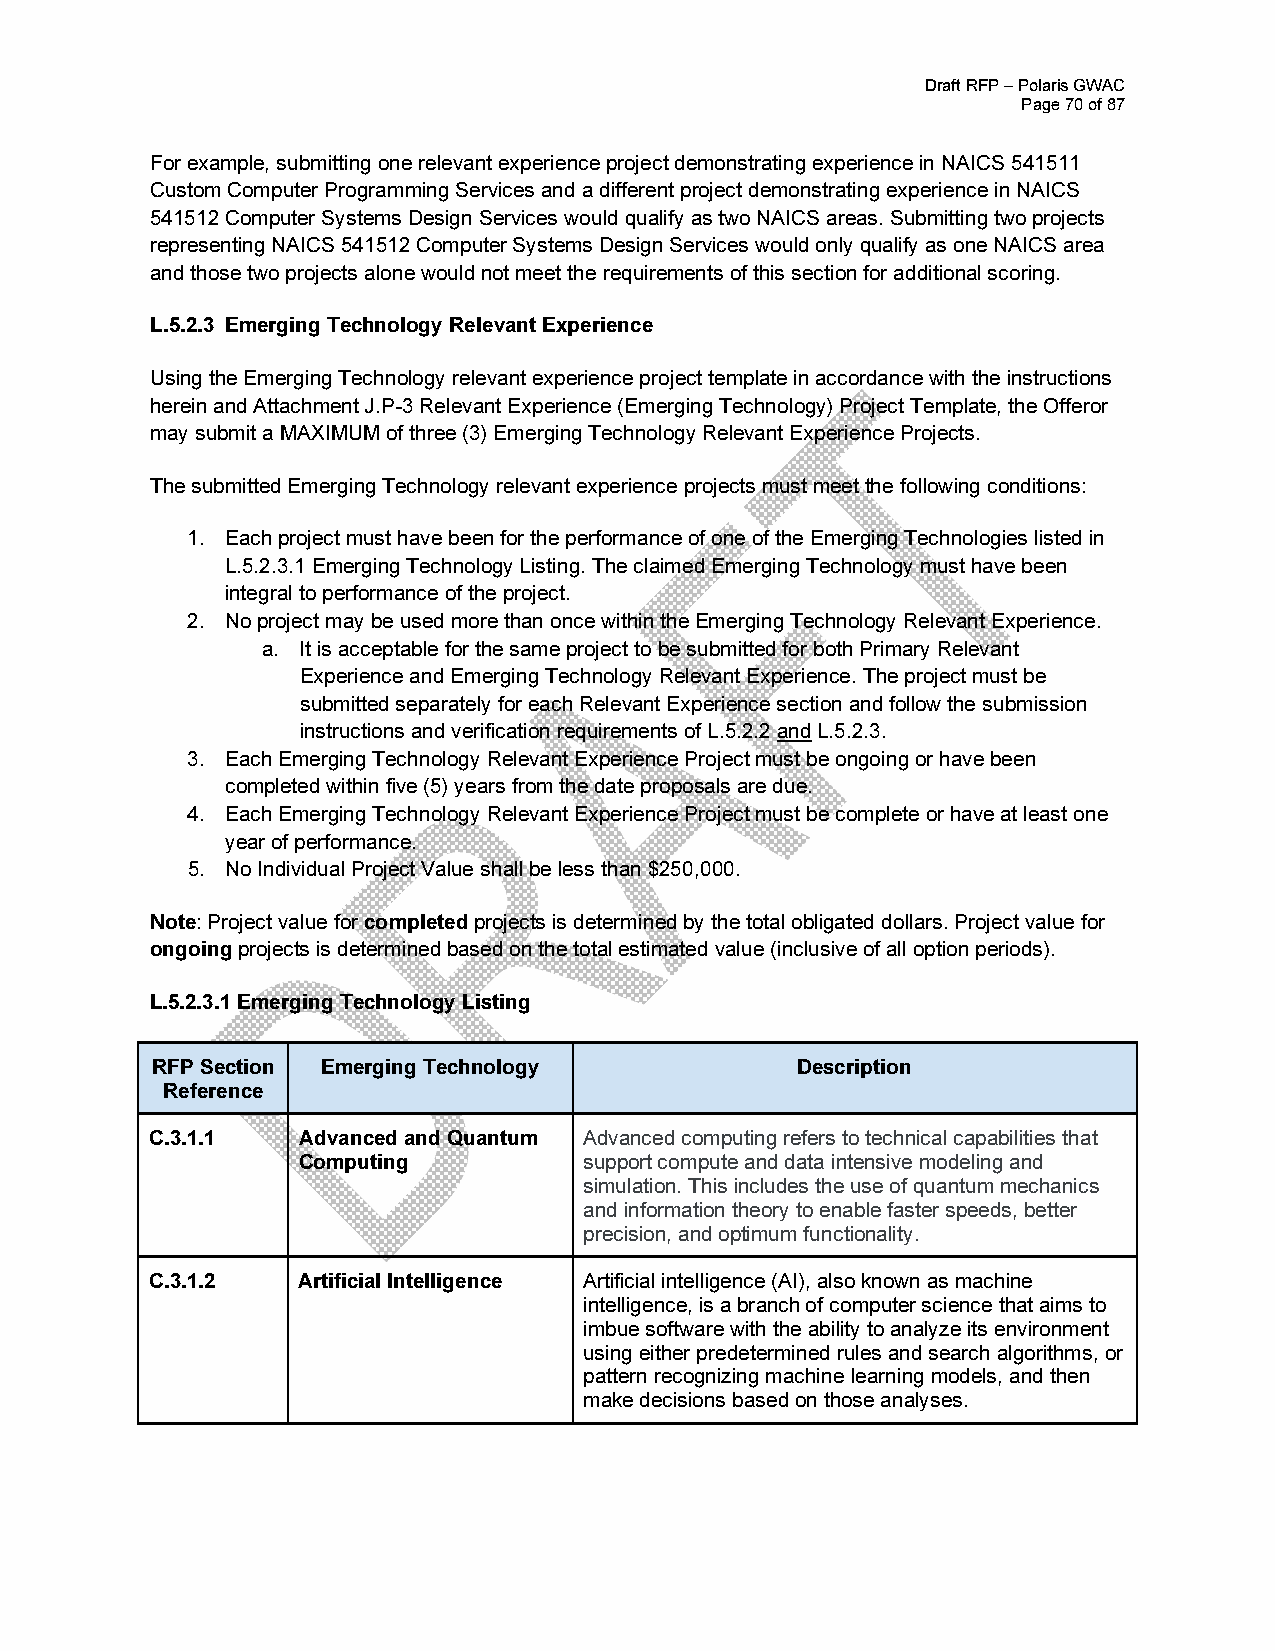
Draft RFP – Polaris GWAC
 Page 70 of 87
 For example, submitting one relevant experience project demonstrating experience in NAICS 541511
 Custom Computer Programming Services and a different project demonstrating experience in NAICS
 541512 Computer Systems Design Services would qualify as two NAICS areas. Submitting two projects
 representing NAICS 541512 Computer Systems Design Services would only qualify as one NAICS area
 and those two projects alone would not meet the requirements of this section for additional scoring.
 L.5.2.3 Emerging Technology Relevant Experience
 Using the Emerging Technology relevant experience project template in accordance with the instructions
 herein and Attachment J.P-3 Relevant Experience (Emerging Technology) Project Template, the Offeror
 may submit a MAXIMUM of three (3) Emerging Technology Relevant Experience Projects.
 The submitted Emerging Technology relevant experience projects must meet the following conditions:
 1. Each project must have been for the performance of one of the Emerging Technologies listed in
 L.5.2.3.1 Emerging Technology Listing. The claimed Emerging Technology must have been
 integral to performance of the project.
 2. No project may be used more than once within the Emerging Technology Relevant Experience.
 a. It is acceptable for the same project to be submitted for both Primary Relevant
 Experience and Emerging Technology Relevant Experience. The project must be
 submitted separately for each Relevant Experience section and follow the submission
 instructions and verification requirements of L.5.2.2 and L.5.2.3.
 3. Each Emerging Technology Relevant Experience Project must be ongoing or have been
 completed within five (5) years from the date proposals are due.
 4. Each Emerging Technology Relevant Experience Project must be complete or have at least one
 year of performance.
 5. No Individual Project Value shall be less than $250,000.
 Note: Project value for completed projects is determined by the total obligated dollars. Project value for
 ongoing projects is determined based on the total estimated value (inclusive of all option periods).
 L.5.2.3.1 Emerging Technology Listing
 RFP Section Emerging Technology            Description
 Reference
 C.3.1.1   Advanced and Quantum Advanced computing refers to technical capabilities that
 Computing          support compute and data intensive modeling and
 simulation. This includes the use of quantum mechanics
 and information theory to enable faster speeds, better
 precision, and optimum functionality.
 C.3.1.2   Artificial Intelligence Artificial intelligence (AI), also known as machine
 intelligence, is a branch of computer science that aims to
 imbue software with the ability to analyze its environment
 using either predetermined rules and search algorithms, or
 pattern recognizing machine learning models, and then
 make decisions based on those analyses.